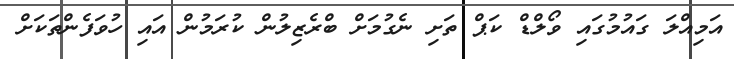
އަމިއްލަ ގައުމުގައި ވޯލްޑް ކަޕް ތަށި ނެގުމަށް ބްރެޒިލުން ކުރަމުން އައި ހުވަފެންތަކަށް